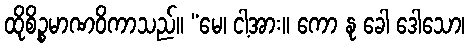
ထိုစိဉ္စမာဏဝိကာသည်။ “မေ၊ ငါ့အား။ ကော နု ခေါ ဒေါသော၊